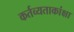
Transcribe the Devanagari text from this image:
कर्तव्यताकांक्षा